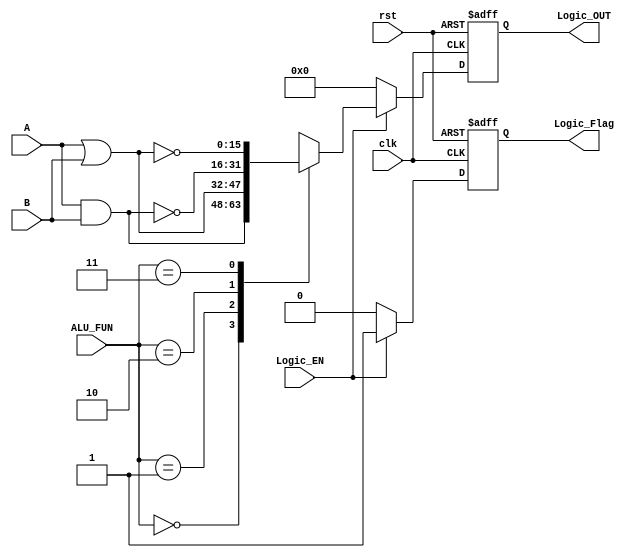
module Logic_block #(parameter IN_DATA_WIDTH = 16 ) //parameter decleration
(
  input wire [IN_DATA_WIDTH-1:0] A,
  input wire [IN_DATA_WIDTH-1:0] B,
  input wire [1:0] ALU_FUN,
  input wire Logic_EN,
  input wire clk,rst,
  output reg [IN_DATA_WIDTH-1:0] Logic_OUT,
  output reg Logic_Flag
);
//variable decleration
reg [IN_DATA_WIDTH-1:0] logic_out_comb;
reg Logic_Flag_comb;


//sequential block
always@(posedge clk or negedge rst)
begin
  if(!rst)
    begin
      Logic_OUT <= 0;
      Logic_Flag <= 0;
    end
  else
    begin
      Logic_OUT <= logic_out_comb;
      Logic_Flag <= Logic_Flag_comb;
    end
end


//combintional block

always @(*)
begin
  Logic_Flag_comb  = 0;
  if(Logic_EN)
    begin
      Logic_Flag_comb = 'b1;
      case(ALU_FUN)
        2'b00 : logic_out_comb = A & B;
        2'b01 : logic_out_comb = A | B;
        2'b10 : logic_out_comb = ~(A&B);
        2'b11 : logic_out_comb = ~(A|B);
        default : logic_out_comb = 0;
      endcase
    end
  else
    begin
     logic_out_comb = 0; 
    end
end
endmodule